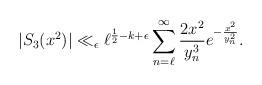
LaTeX: \begin{align*}|S_3(x^2)| \ll_{\epsilon} \ell^{\frac{1}{2}-k+\epsilon} \sum_{n=\ell}^{\infty} \frac{2 x^2}{y_n^3} e^{-\frac{x^2}{y_n^2}}. \end{align*}